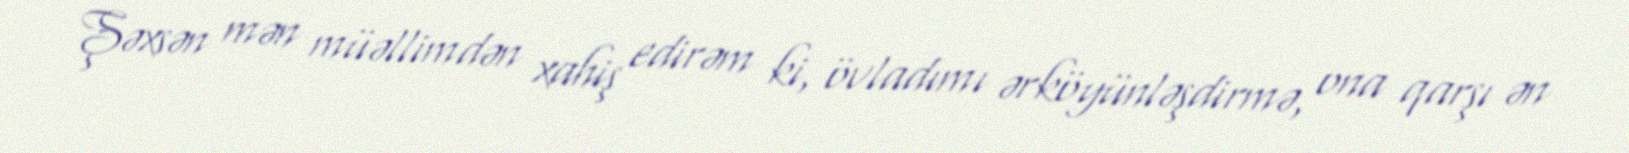
Şəxsən mən müəllimdən xahiş edirəm ki, övladımı ərköyünləşdirmə, ona qarşı ən